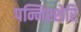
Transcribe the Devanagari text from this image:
पन्निश्शेरि